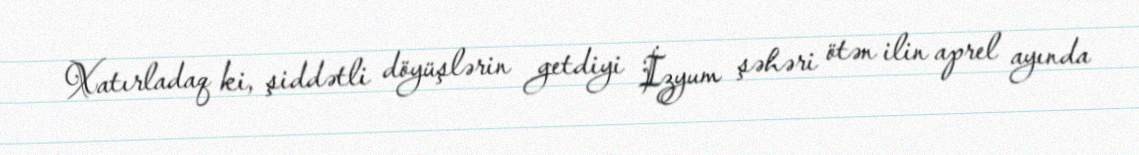
Xatırladaq ki, şiddətli döyüşlərin getdiyi İzyum şəhəri ötən ilin aprel ayında